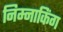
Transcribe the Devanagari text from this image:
निम्नाकिंग